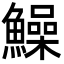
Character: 鱢